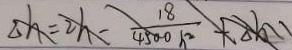
\Delta h = 2 h - \frac { 1 8 } { 4 5 0 0 h ^ { 2 } } + \Delta h